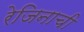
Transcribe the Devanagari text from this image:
रेजिनाची